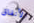
الأنفاق